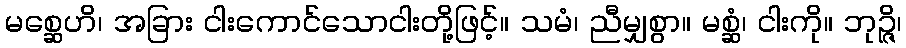
မစ္ဆေဟိ၊ အခြား ငါးကောင်သောငါးတို့ဖြင့်။ သမံ၊ ညီမျှစွာ။ မစ္ဆံ၊ ငါးကို။ ဘုဉ္ဇိ၊